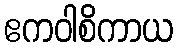
ဧကဝါစိကာယ